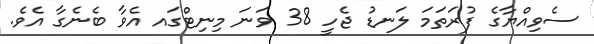
ސެވިއްޔާގެ ފުރަތަމަ ލަނޑު ޖެހީ 38 ވަނަ މިނިޓްގައ އެވާ ބެނެގާ އެވެ.